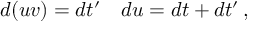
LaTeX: d ( u v ) = d t ^ { \prime } \quad d u = d t + d t ^ { \prime } \, ,